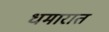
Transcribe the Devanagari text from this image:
धमारात